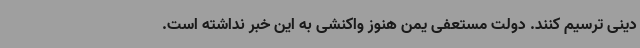
دینی ترسیم کنند. دولت مستعفی یمن هنوز واکنشی به این خبر نداشته است.